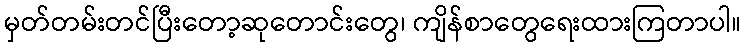
မှတ်တမ်းတင်ပြီးတော့ဆုတောင်းတွေ၊ ကျိန်စာတွေရေးထားကြတာပါ။